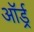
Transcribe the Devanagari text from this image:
ऑर्ड्र